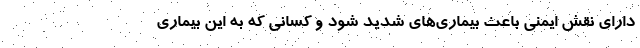
دارای نقش ایمنی باعث بیماری‌های شدید شود و کسانی که به این بیماری